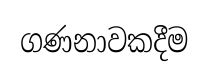
ගණනාවකදීම